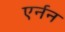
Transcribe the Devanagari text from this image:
एर्नन